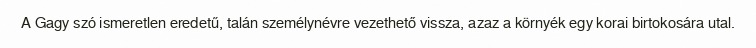
A Gagy szó ismeretlen eredetű, talán személynévre vezethető vissza, azaz a környék egy korai birtokosára utal.